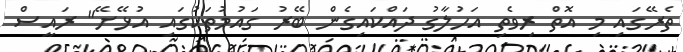
ތެރޭގައި މި އޮތް ރިވެތި އަހުލާގު ދައްކައިގެން ބޭރު ގައުމުތަކުގައި އުޅޭށޭ" ރައީސް